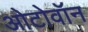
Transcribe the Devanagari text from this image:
ओटोवॉन